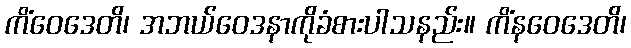
ကိံဝေဒေတိ၊ အဘယ်ဝေဒနာကိုခံစားပါသနည်း။ ကိံနဝေဒေတိ၊